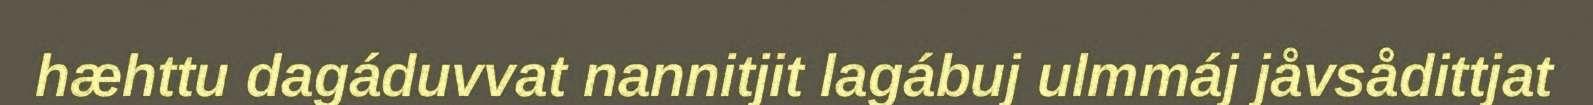
hæhttu dagáduvvat nannitjit lagábuj ulmmáj jåvsådittjat